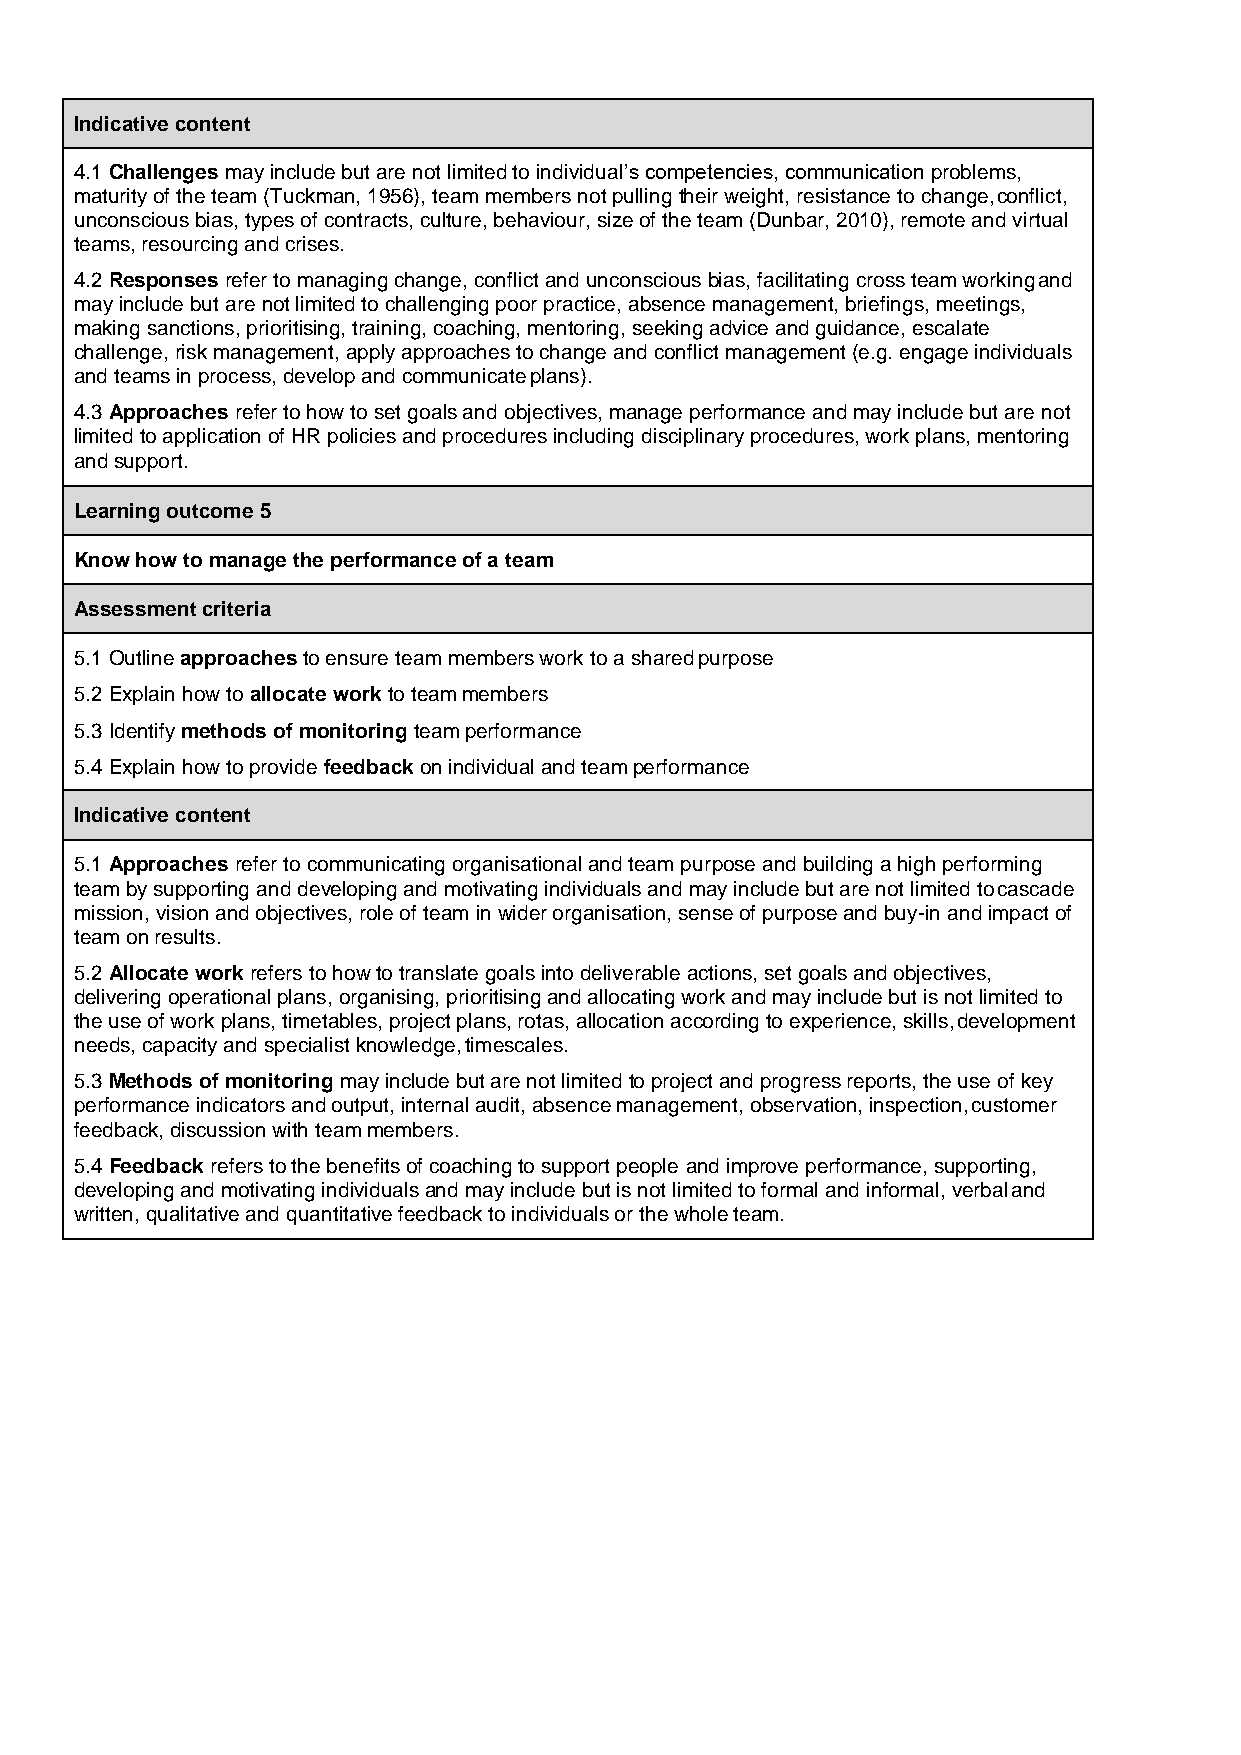
Indicative content
 4.1 Challenges may include but are not limited to individual’s competencies, communication problems,
 maturity of the team (Tuckman, 1956), team members not pulling their weight, resistance to change, conflict,
 unconscious bias, types of contracts, culture, behaviour, size of the team (Dunbar, 2010), remote and virtual
 teams, resourcing and crises.
 4.2 Responses refer to managing change, conflict and unconscious bias, facilitating cross team working and
 may include but are not limited to challenging poor practice, absence management, briefings, meetings,
 making sanctions, prioritising, training, coaching, mentoring, seeking advice and guidance, escalate
 challenge, risk management, apply approaches to change and conflict management (e.g. engage individuals
 and teams in process, develop and communicate plans).
 4.3 Approaches refer to how to set goals and objectives, manage performance and may include but are not
 limited to application of HR policies and procedures including disciplinary procedures, work plans, mentoring
 and support.
 Learning outcome 5
 Know how to manage the performance of a team
 Assessment criteria
 5.1 Outline approaches to ensure team members work to a shared purpose
 5.2 Explain how to allocate work to team members
 5.3 Identify methods of monitoring team performance
 5.4 Explain how to provide feedback on individual and team performance
 Indicative content
 5.1 Approaches refer to communicating organisational and team purpose and building a high performing
 team by supporting and developing and motivating individuals and may include but are not limited to cascade
 mission, vision and objectives, role of team in wider organisation, sense of purpose and buy-in and impact of
 team on results.
 5.2 Allocate work refers to how to translate goals into deliverable actions, set goals and objectives,
 delivering operational plans, organising, prioritising and allocating work and may include but is not limited to
 the use of work plans, timetables, project plans, rotas, allocation according to experience, skills, development
 needs, capacity and specialist knowledge, timescales.
 5.3 Methods of monitoring may include but are not limited to project and progress reports, the use of key
 performance indicators and output, internal audit, absence management, observation, inspection, customer
 feedback, discussion with team members.
 5.4 Feedback refers to the benefits of coaching to support people and improve performance, supporting,
 developing and motivating individuals and may include but is not limited to formal and informal, verbal and
 written, qualitative and quantitative feedback to individuals or the whole team.